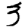
Digit: 3